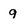
Character: 9